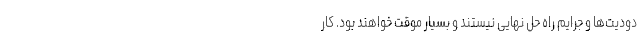
دودیت‌ها و جرایم راه حل نهایی نیستند و بسیار موقت خواهند بود. کار